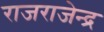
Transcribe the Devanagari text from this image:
राजराजेन्द्र